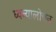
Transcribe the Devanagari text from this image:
ध्वन्यालोचन